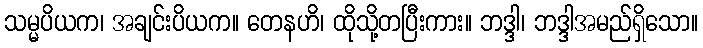
သမ္မပိယက၊ အချင်းပိယက။ တေနဟိ၊ ထိုသို့တပြီးကား။ ဘဒ္ဒါ၊ ဘဒ္ဒါအမည်ရှိသော။